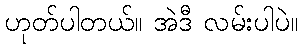
ဟုတ်ပါတယ်။ အဲဒီ လမ်းပါပဲ။